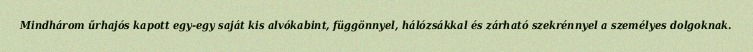
Mindhárom űrhajós kapott egy-egy saját kis alvókabint, függönnyel, hálózsákkal és zárható szekrénnyel a személyes dolgoknak.